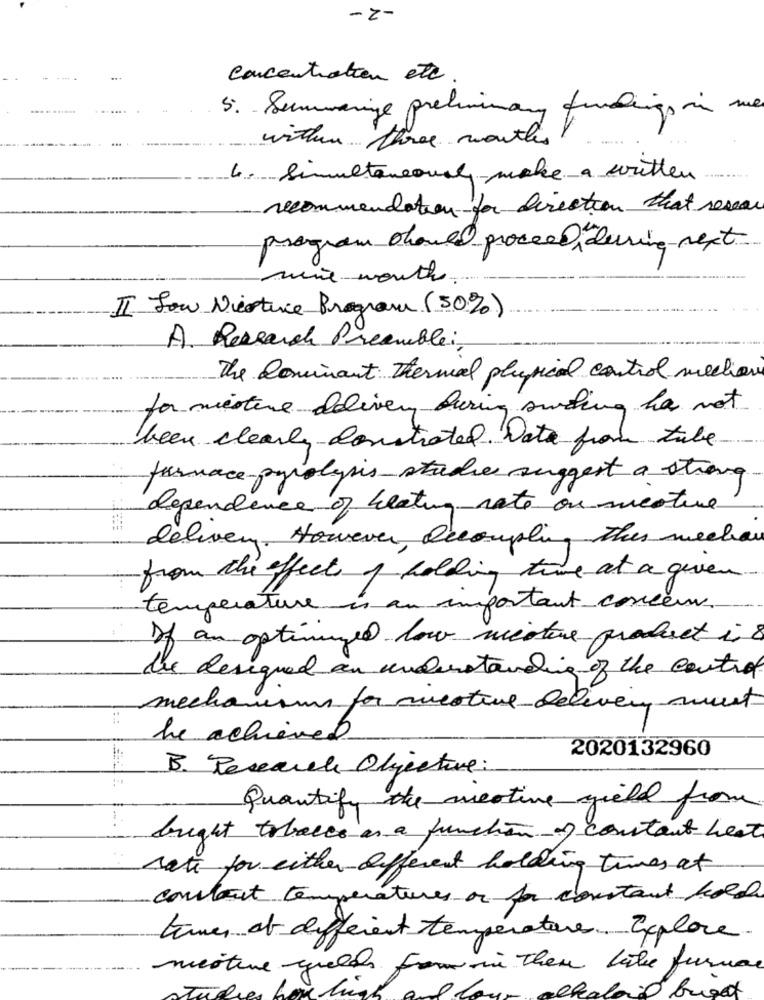
-2-
concentration etc
5. Summainge preliminary fundings in me
within three months!
....
4. Simultaneously make a witten
recommendation for direction that resear
program should proceed during next
mine month
II Fow Niertice Program (30%)
A. Research Preamble;
The Dominant Thermal physical control mechan
for misture delivery during swelling ha not
been clearly constrated. Date from tube
furnace-pyrolysis studie suggest a strong
dependence of heating rate on meative
delivery. However, Decomple, this weekan
from the effect of holding time at a given
temperature is an important conceux.
If an optimized low weitere product is
be designed an understanding of the control
mechanisms for mestive-delivery must
:::
he achieved
2020132960
B. Research Objective:
Quantify the meative yield from
bought tobacco as a function of constant heat
rate for either different holding twee at
contact temperatures or for constant hold
times et different température. Explore
mestere queles fromin then like furnace
Buget